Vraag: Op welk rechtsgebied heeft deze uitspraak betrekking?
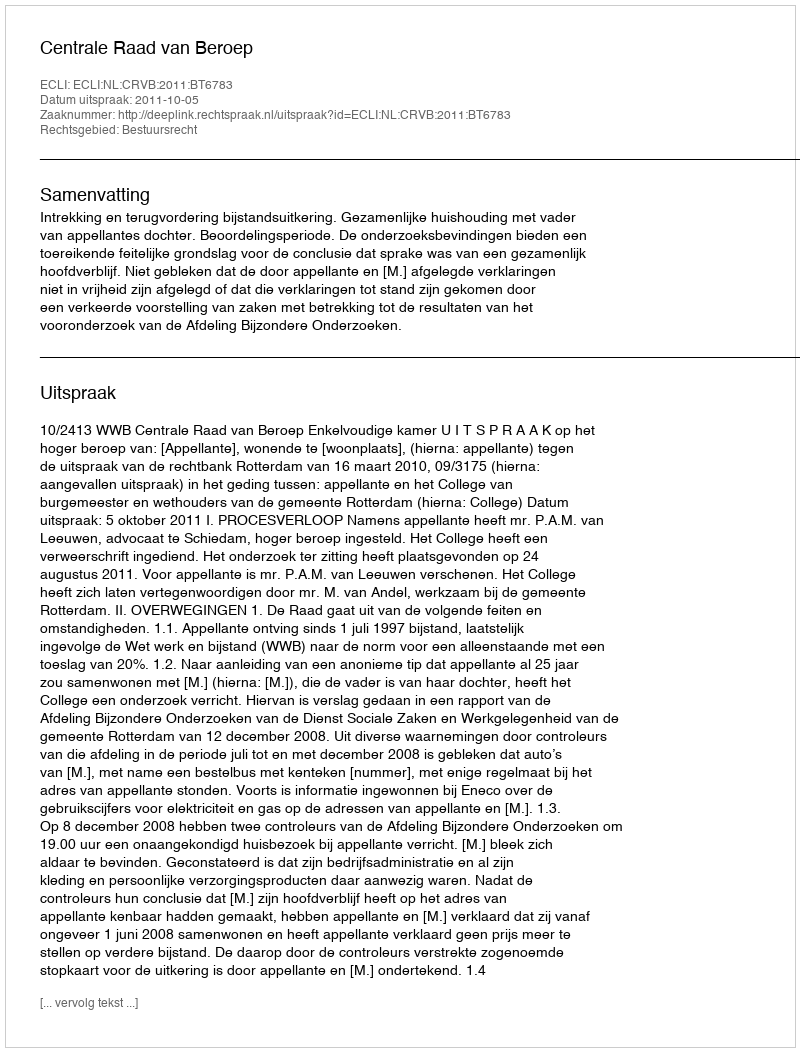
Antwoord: Bestuursrecht